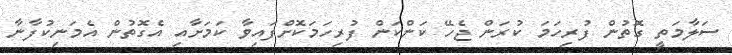
ސަލާމަތީ ގޮތުން ފުރިހަމަ ކުރަން ޖެހޭ ކަންކަން ފުރިހަމަކޮށްފައިވާ ކަމަށާއި އެގޮތުން އެމަނިކުފާނާ